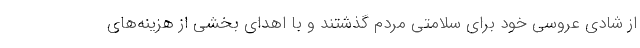
از شادی عروسی خود برای سلامتی مردم گذشتند و با اهدای بخشی از هزینه‌های